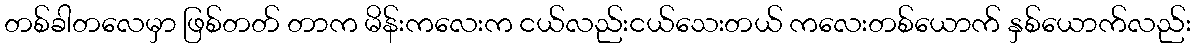
တစ်ခါတလေမှာ ဖြစ်တတ် တာက မိန်းကလေးက ငယ်လည်းငယ်သေးတယ် ကလေးတစ်ယောက် နှစ်ယောက်လည်း